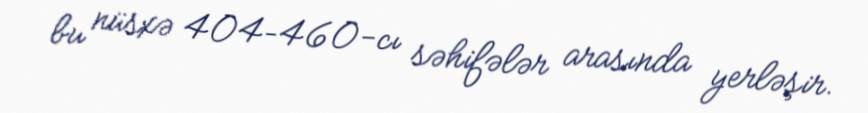
bu nüsxə 404–460-cı səhifələr arasında yerləşir.